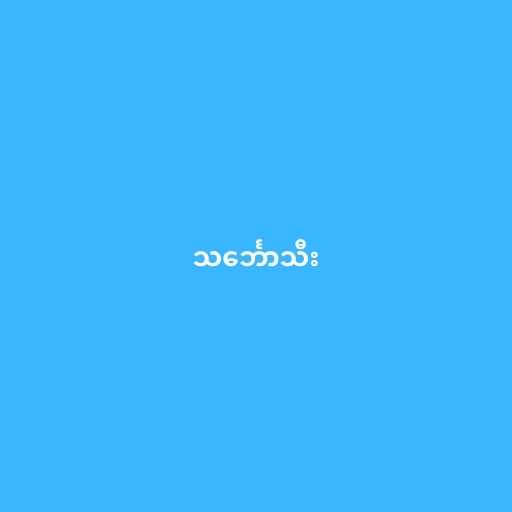
သင်္ဘောသီး